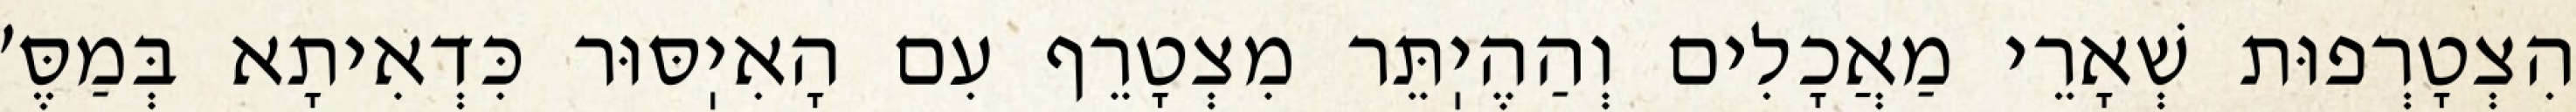
הִצְטָרְפוּת שְׁאָרֵי מַאֲכָלִים וְהַהֶיֽתֵּר מִצְטָרֵף עִם הָאִיֽסּוּר כִּדְאִיתָא בְּמַסֶּ׳